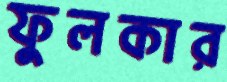
ফুলকার